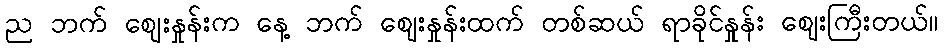
ည ဘက် ဈေးနှုန်းက နေ့ ဘက် ဈေးနှုန်းထက် တစ်ဆယ် ရာခိုင်နှုန်း ဈေးကြီးတယ်။